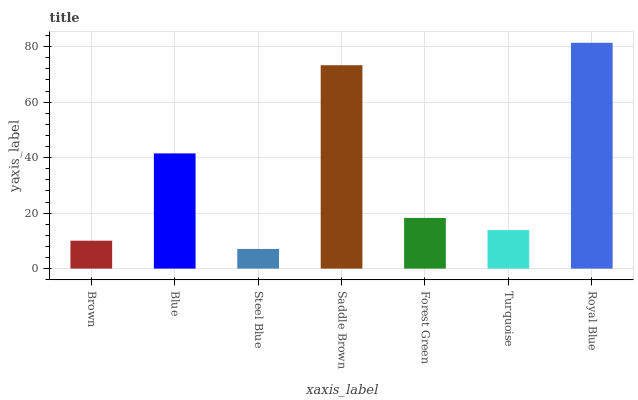
| xaxis_label | bars |
 | --- | --- |
 | Brown | 10.1 |
 | Blue | 41.5 |
 | Steel Blue | 7.09 |
 | Saddle Brown | 73.3 |
 | Forest Green | 18.3 |
 | Turquoise | 13.9 |
 | Royal Blue | 81.4 |